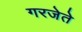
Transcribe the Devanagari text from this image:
गरजेते